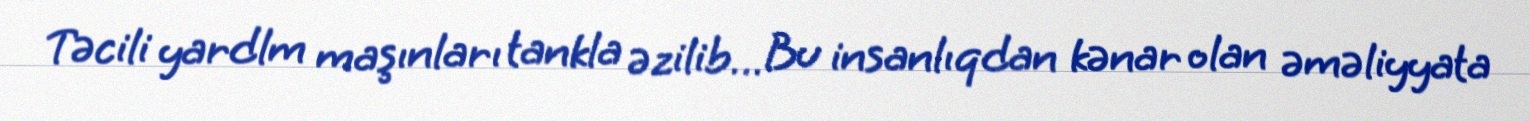
Təcili yardlm maşınları tankla əzilib… Bu insanlıqdan kənar olan əməliyyata